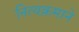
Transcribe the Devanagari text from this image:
नित्यक्रमाने